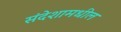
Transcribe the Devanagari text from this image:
संदेशामधील